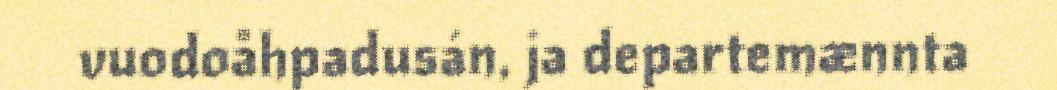
vuodoåhpadusán, ja departemænnta